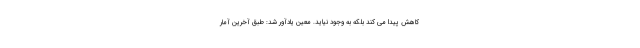
کاهش پیدا می کند بلکه به وجود نیاید. معین یادآور شد: طبق آخرین آمار